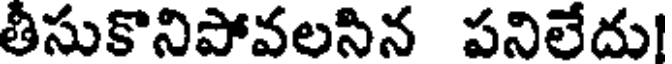
తీసుకొనిపోవలసిన పనిలేదు!